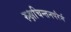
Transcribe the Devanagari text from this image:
रुक्षचिन्तनपरैर्न